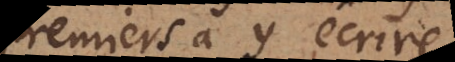
premiers à y écrire